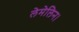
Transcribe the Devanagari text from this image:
लेमेलिन।